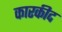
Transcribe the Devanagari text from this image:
कारकीद